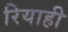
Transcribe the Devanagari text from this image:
रियाही